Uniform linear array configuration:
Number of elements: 12
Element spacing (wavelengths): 0.75
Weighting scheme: binomial
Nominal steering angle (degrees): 30
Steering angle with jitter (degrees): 28.256
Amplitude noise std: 0.05
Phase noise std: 0.05

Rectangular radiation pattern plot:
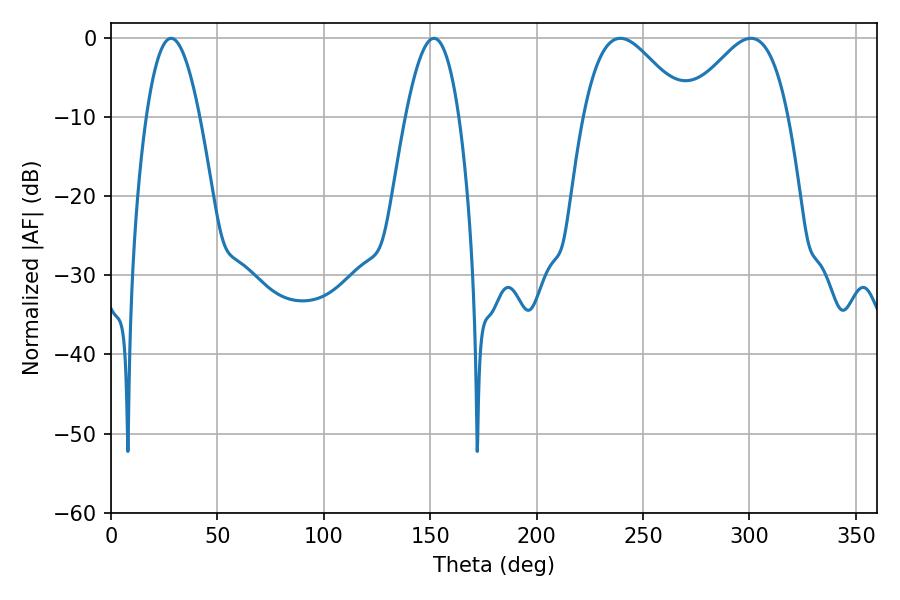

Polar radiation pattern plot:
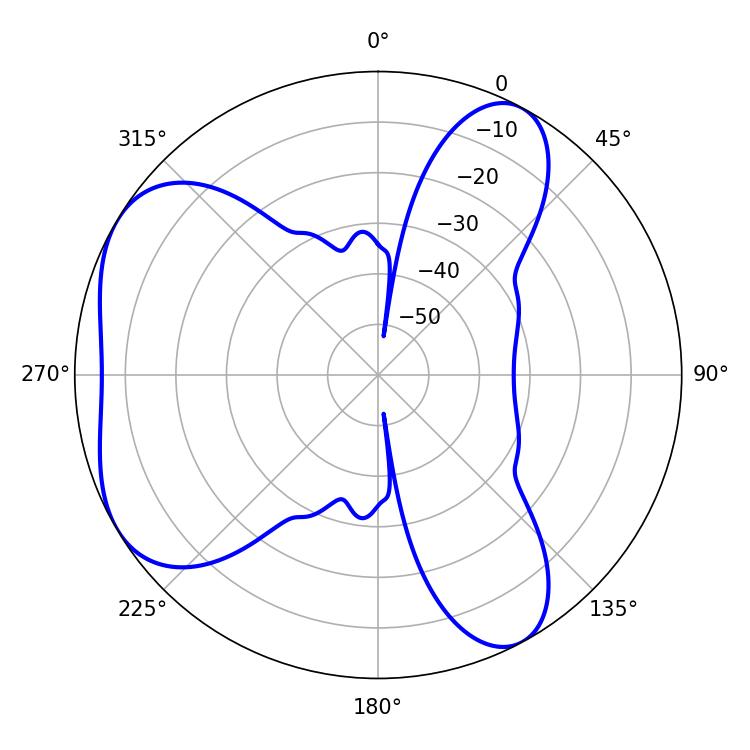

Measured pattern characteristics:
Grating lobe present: TRUE
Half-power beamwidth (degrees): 13.68
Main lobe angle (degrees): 151.74